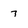
Character: 7